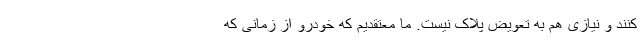
کنند و نیازی هم به تعویض پلاک نیست. ما معتقدیم که خودرو از زمانی که